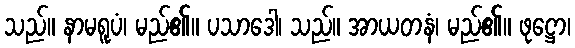
သည်။ နာမရူပံ၊ မည်၏။ ပသာဒေါ၊ သည်။ အာယတနံ၊ မည်၏။ ဖုဋ္ဌော၊